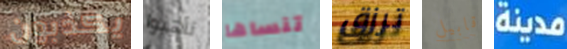
يكذبون تأهبوا تنساها ترزق قابيل مدينة